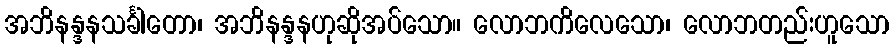
အဘိနန္ဒနသင်္ခါတော၊ အဘိနန္ဒနဟုဆိုအပ်သော။ လောဘကိလေသော၊ လောဘတည်းဟူသော